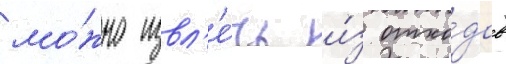
мо́жно извл'е́чь и́з отхо́дов